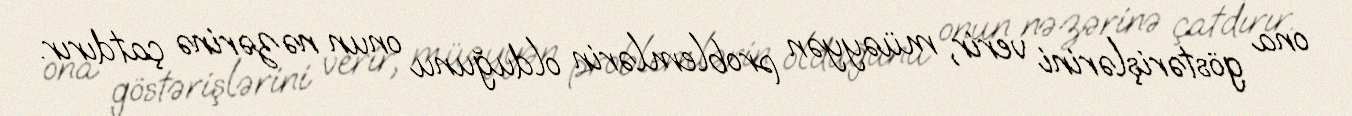
ona göstərişlərini verir, müəyyən problemlərin olduğunu onun nəzərinə çatdırır.